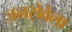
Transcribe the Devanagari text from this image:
जनसेवेला